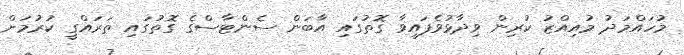
މުހައްމަދު މުއިއްޒު ކުރިން ވިދާޅުވެފައިވާ ގޮތުގައި އާބަން ސެންޓާސްގެ ގޮތުގައި ތަރައްގީ ކުރުމަށް